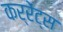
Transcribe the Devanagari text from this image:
कर्रेंट्स